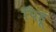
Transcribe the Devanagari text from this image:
पिहू